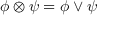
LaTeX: \phi \otimes \psi = \phi \vee \psi